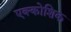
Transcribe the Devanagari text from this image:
एक्कोशिक